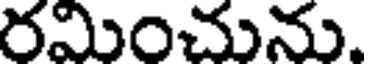
రమించును.